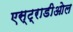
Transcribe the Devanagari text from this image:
एस्ट्राडीओल